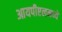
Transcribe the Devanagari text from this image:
आयपीएलमध्ये